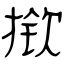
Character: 揿